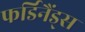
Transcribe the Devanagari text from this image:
फर्डिनैंड्स